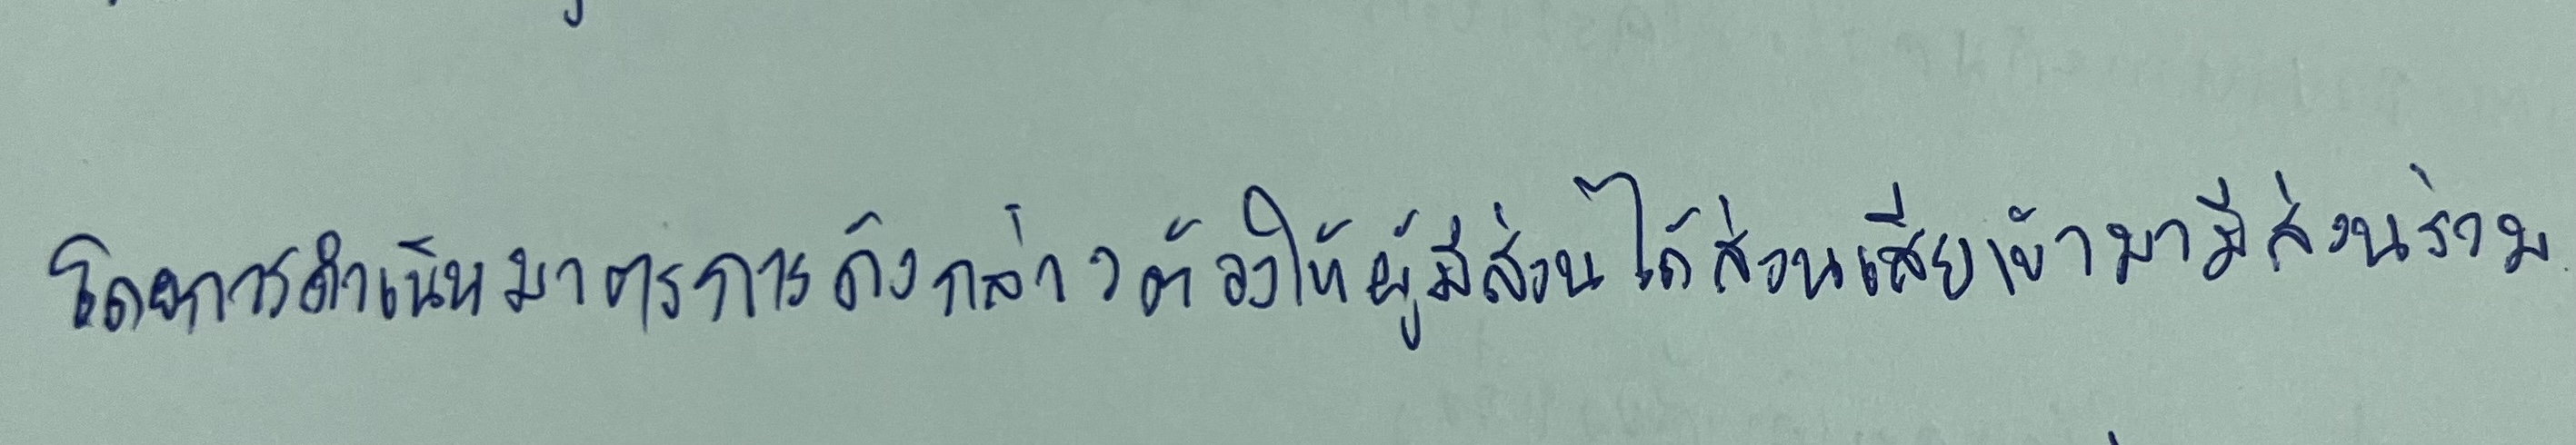
โดยการดำเนินมาตรการดังกล่าวต้องให้ผู้มีส่วนได้ส่วนเสียเข้ามามีส่วนร่วม